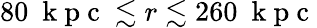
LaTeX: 80~\mathrm{~k~p~c~}\lesssim r\lesssim 260~\mathrm{~k~p~c~}